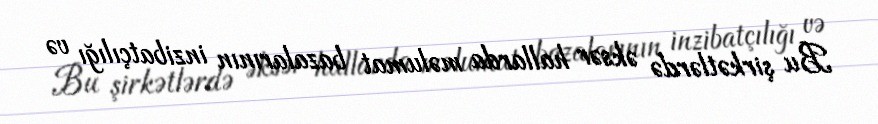
Bu şirkətlərdə əksər hallarda məlumat bazalarının inzibatçılığı və